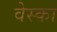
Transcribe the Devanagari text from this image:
वेस्का